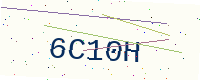
Text: 6C10H